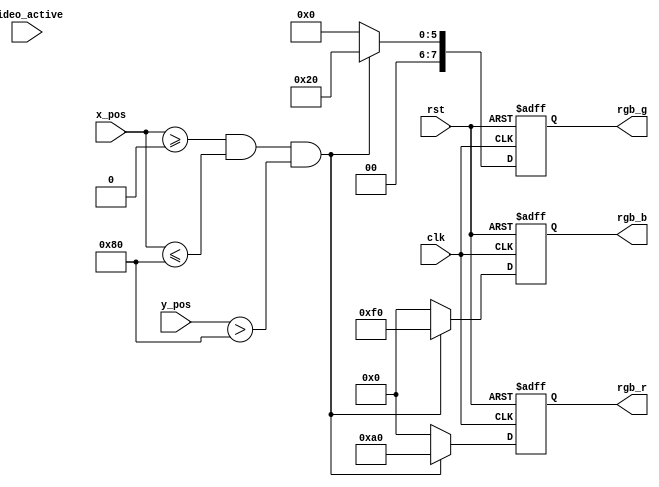
module vga_display(
	input                 clk,                //pixel clock
	input                 rst,                //reset signal high active
    input[11:0]                x_pos,         //x position
    input[11:0]                y_pos,         //y position
    input                      video_active,  
	output reg [7:0]           rgb_r,         //video red data
	output reg [7:0]           rgb_g,         //video green data
	output reg [7:0]           rgb_b          //video blue data
);

// 1024*768 
parameter HORI_ACTIVE = 12'd1024;
parameter HORI_FP = 12'd24;      
parameter HORI_SYNCP = 12'd136;   
parameter HORI_BP = 12'd160;     
parameter VERT_ACTIVE = 12'd768; 
parameter VERT_FP  = 12'd3;      
parameter VERT_SYNCP  = 12'd6;    
parameter VERT_BP  = 12'd29;     
parameter HS_POL = 1'b0;
parameter VS_POL = 1'b0;

//define the RGB values for 8 colors
parameter WHITE_R       = 8'hff;
parameter WHITE_G       = 8'hff;
parameter WHITE_B       = 8'hff;
parameter RED_R         = 8'hff;
parameter RED_G         = 8'h00;
parameter RED_B         = 8'h00;
parameter ORANGE_R		= 8'hff;
parameter ORANGE_G		= 8'h61;
parameter ORANGE_B		= 8'h00;
parameter YELLOW_R      = 8'hff;
parameter YELLOW_G      = 8'hff;
parameter YELLOW_B      = 8'h00;                                                               
parameter GREEN_R       = 8'h00;
parameter GREEN_G       = 8'hff;
parameter GREEN_B       = 8'h00;
parameter CYAN_R        = 8'h00;
parameter CYAN_G        = 8'hff;
parameter CYAN_B        = 8'hff; 
parameter BLUE_R        = 8'h00;
parameter BLUE_G        = 8'h00;
parameter BLUE_B        = 8'hff;
parameter PURPLE_R      = 8'ha0;
parameter PURPLE_G      = 8'h20;
parameter PURPLE_B      = 8'hf0;
parameter BLACK_R       = 8'h00;
parameter BLACK_G       = 8'h00;
parameter BLACK_B       = 8'h00;

always@(posedge clk or posedge rst) begin
	if(rst == 1'b1)
		begin
			rgb_r <= 8'h00;
			rgb_g <= 8'h00;
			rgb_b <= 8'h00;
		end
	else if(x_pos >= 1'd0
		   && x_pos <= (12'd128) 
		   && y_pos > 12'd128 )begin
				rgb_r <= PURPLE_R;
				rgb_g <= PURPLE_G;
				rgb_b <= PURPLE_B;
		end
	else
		begin
			rgb_r <= 8'h00;
			rgb_g <= 8'h00;
			rgb_b <= 8'h00;
		end
end

endmodule